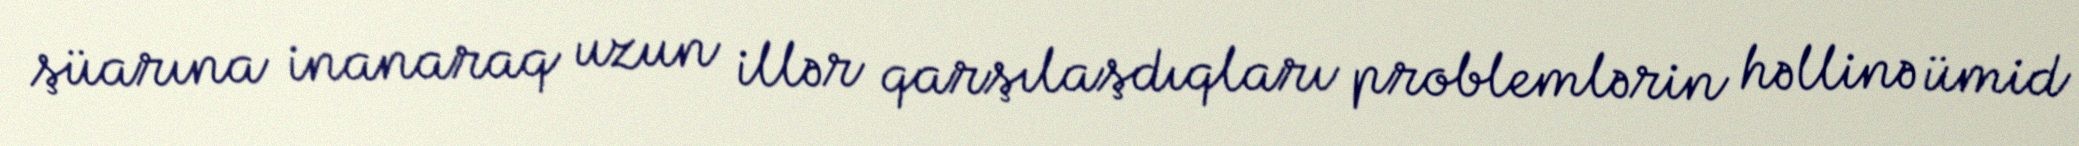
şüarına inanaraq uzun illər qarşılaşdıqları problemlərin həllinə ümid